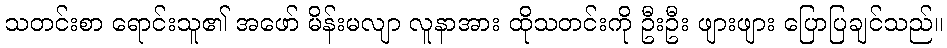
သတင်းစာ ရောင်းသူ၏ အဖော် မိန်းမလျာ လူနာအား ထိုသတင်းကို ဦးဦး ဖျားဖျား ပြောပြချင်သည်။